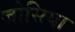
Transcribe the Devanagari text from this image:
जोसिया